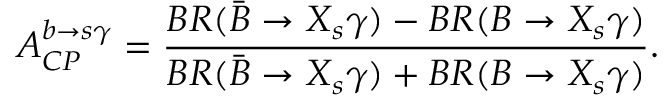
A _ { C P } ^ { b \rightarrow s \gamma } = { \frac { B R ( \bar { B } \rightarrow X _ { s } \gamma ) - B R ( B \rightarrow X _ { s } \gamma ) } { B R ( \bar { B } \rightarrow X _ { s } \gamma ) + B R ( B \rightarrow X _ { s } \gamma ) } } . \,